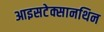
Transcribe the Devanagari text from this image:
आइसटेक्सानथिन